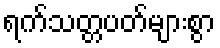
ရက်သတ္တပတ်များစွာ